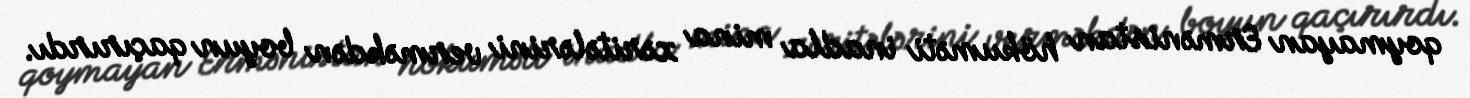
qoymayan Ermənistan hökuməti inadla mina xəritələrini verməkdən boyun qaçırırdı.